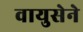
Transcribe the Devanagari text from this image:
वायुसेने